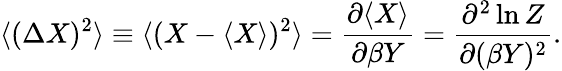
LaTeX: \langle(\Delta X)^{2}\rangle\equiv\langle(X-\langle X\rangle)^{2}\rangle={\frac{\partial\langle X\rangle}{\partial\beta Y}}={\frac{\partial^{2}\ln Z}{\partial(\beta Y)^{2}}}.